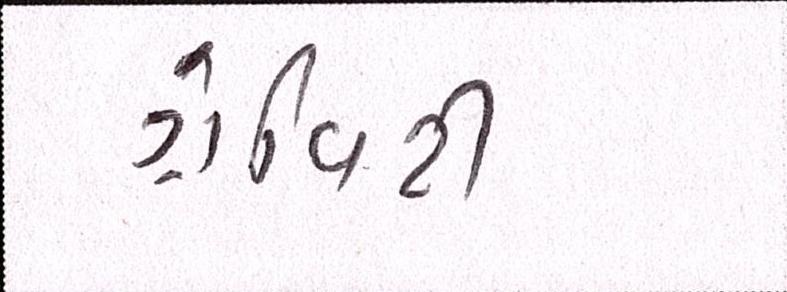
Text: ગ્રેવિટી